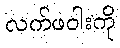
လက်ဖဝါးကို